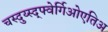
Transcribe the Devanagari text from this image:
चस्दुय्स्द्फ्वेर्गिओएतिअ